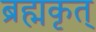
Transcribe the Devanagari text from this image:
ब्रह्मकृत्